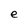
Character: e